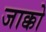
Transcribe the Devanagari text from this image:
जाक्को